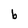
Character: b